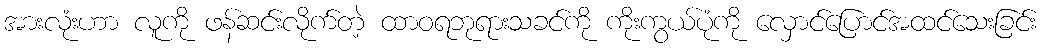
အားလုံးဟာ လူကို ဖန်ဆင်းလိုက်တဲ့ ထာဝရဘုရားသခင်ကို ကိုးကွယ်ပုံကို လှောင်ပြောင်အထင်သေးခြင်း